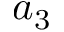
a _ { 3 }